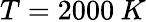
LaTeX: T=2000\: K